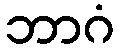
ဘာဂံ